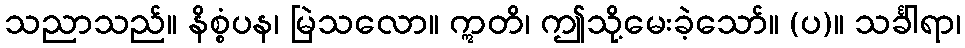
သညာသည်။ နိစ္စံပန၊ မြဲသလော။ ဣတိ၊ ဤသို့မေးခဲ့သော်။ (ပ)။ သင်္ခါရာ၊